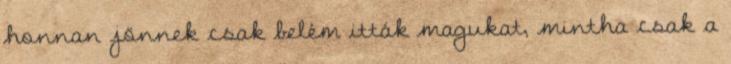
honnan jönnek csak belém itták magukat, mintha csak a